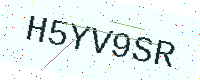
Text: H5YV9SR